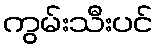
ကွမ်းသီးပင်